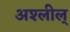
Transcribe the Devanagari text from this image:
अश्लील्